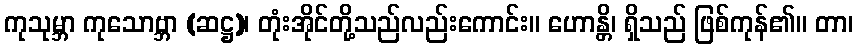
ကုသုမ္ဘာ ကုသောဗ္ဘာ (ဆဋ္ဌ)၊ တုံးအိုင်တို့သည်လည်းကောင်း။ ဟောန္တိ၊ ရှိသည် ဖြစ်ကုန်၏။ တာ၊